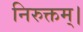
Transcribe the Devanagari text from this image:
निरुक्तम्।